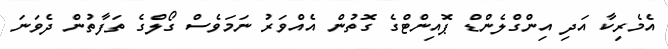
އެމެރިކާ އަދި އިންގްލެންޑް ޕޮއިންޓްގެ ގޮތުން އެއްވަރު ނަމަވެސް ގޯލްގެ ތަފާތުން ދެވަނަ